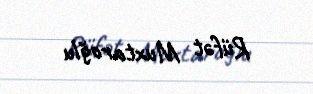
Rüfət Muxtaroğlu